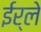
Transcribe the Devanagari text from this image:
ईर्ले